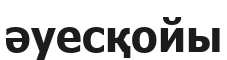
әуесқойы